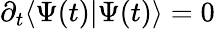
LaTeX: \partial_{t}\langle\Psi(t)|\Psi(t)\rangle=0